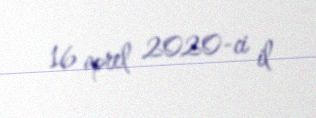
16 aprel 2020-ci il